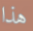
هذا